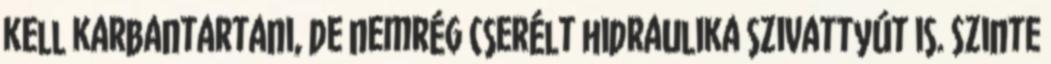
kell karbantartani, de nemrég cserélt hidraulika szivattyút is. Szinte